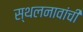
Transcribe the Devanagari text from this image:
स्थलनावांची